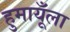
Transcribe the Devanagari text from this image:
हुमायूँला